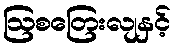
ဩစတြေးလျနှင့်